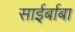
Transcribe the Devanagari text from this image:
साईर्बाबा